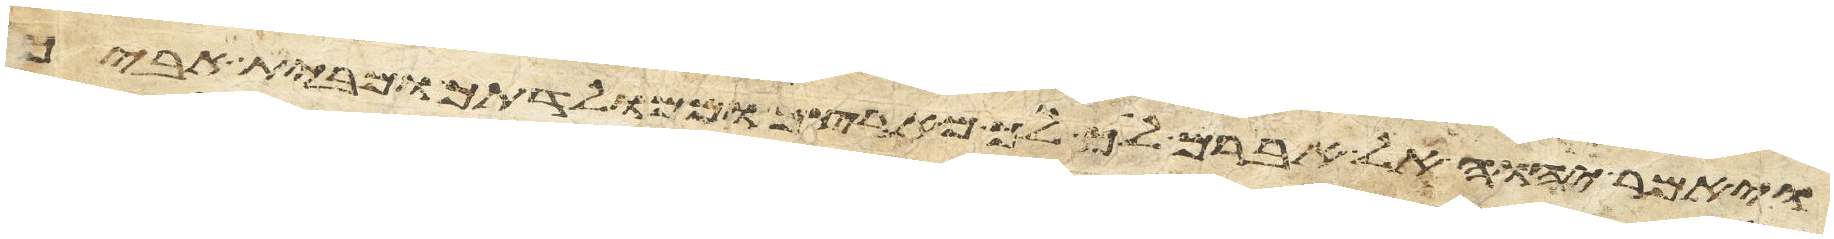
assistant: ויאמר יהוה אל אברם לך לך מארצך וממולדתך ומבית אביך